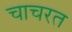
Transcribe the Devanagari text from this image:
चाचरत